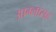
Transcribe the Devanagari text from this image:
आम्लासह